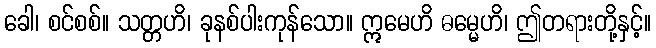
ခေါ၊ စင်စစ်။ သတ္တဟိ၊ ခုနစ်ပါးကုန်သော။ ဣမေဟိ ဓမ္မေဟိ၊ ဤတရားတို့နှင့်။